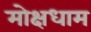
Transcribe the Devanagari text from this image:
मोक्षधाम